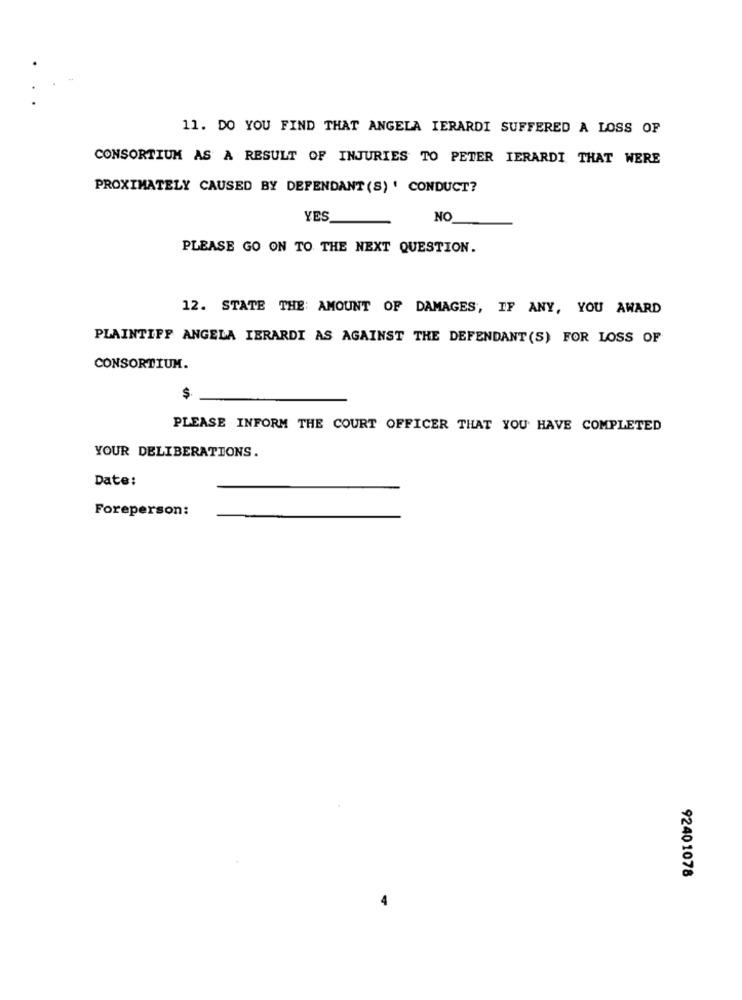
11. DO YOU FIND THAT ANGELA IERARDI SUFFERED A LOSS OF
CONSORTIUM AS A RESULT OF INJURIES TO PETER IERARDI THAT WERE
PROXIMATELY CAUSED BY DEFENDANT (S) ' CONDUCT?
YES
NO
PLEASE GO ON TO THE NEXT QUESTION.
12. STATE THE AMOUNT OF DAMAGES, IF ANY, YOU AWARD
PLAINTIFF ANGELA IERARDI AS AGAINST THE DEFENDANT (S) FOR LOSS OF
CONSORTIUM.
$
PLEASE INFORM THE COURT OFFICER THAT YOU HAVE COMPLETED
YOUR DELIBERATIONS.
Date:
Foreperson:
92401078